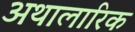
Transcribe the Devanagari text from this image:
अथालारिक